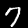
Digit: 7